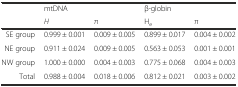
<table><thead><tr><td></td><td><b>mtDNA</b></td><td></td><td><b>β-globin</b></td><td></td></tr><tr><td></td><td><b><i>H</i></b></td><td><b>π</b></td><td><b>H<sub>e</sub></b></td><td><b>π</b></td></tr></thead><tbody><tr><td>SE group</td><td>0.999 ± 0.001</td><td>0.009 ± 0.005</td><td>0.899 ± 0.017</td><td>0.004 ± 0.002</td></tr><tr><td>NE group</td><td>0.911 ± 0.024</td><td>0.009 ± 0.005</td><td>0.563 ± 0.053</td><td>0.001 ± 0.001</td></tr><tr><td>NW group</td><td>1.000 ± 0.000</td><td>0.004 ± 0.003</td><td>0.775 ± 0.068</td><td>0.004 ± 0.003</td></tr><tr><td>Total</td><td>0.988 ± 0.004</td><td>0.018 ± 0.006</td><td>0.812 ± 0.021</td><td>0.003 ± 0.002</td></tr></tbody></table>